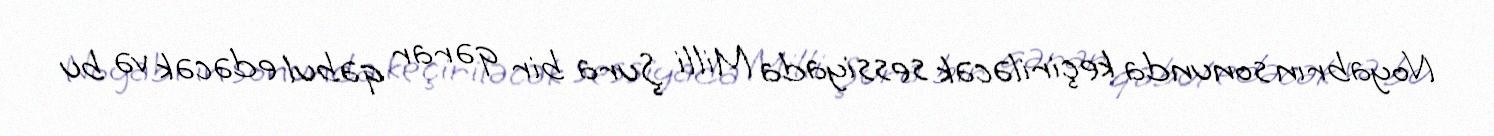
Noyabrın sonunda keçiriləcək sessiyada Milli Şura bir qərar qəbul edəcək və bu